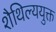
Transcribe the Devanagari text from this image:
शैथिल्ययुक्त